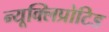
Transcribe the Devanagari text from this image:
न्यूक्लिप्रोटिड